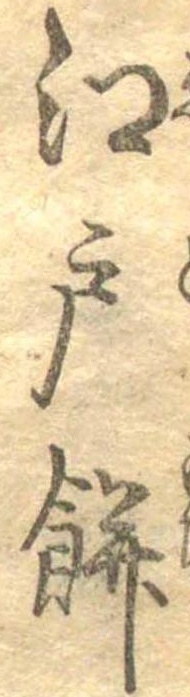
江戸餅